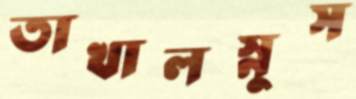
তাখালস্নুস